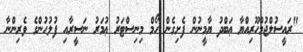
"ރައީސުލްޖުމްހޫރިއްޔާ ޢަބްދު ޔާމީނުން ފެށިގެން ހޯމް މިނިސްޓަރު ޢުމަރު ނަސީރާއި ފުލުހުންގެ ވެރިންނާ